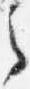
之